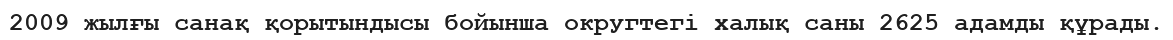
2009 жылғы санақ қорытындысы бойынша округтегі халық саны 2625 адамды құрады.